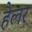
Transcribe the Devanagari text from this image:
हैलर